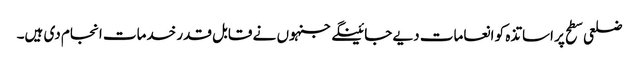
ضلعی سطح پر اساتذہ کو انعامات دیے جائینگے جنہوں نے قابل قدر خدمات انجام دی ہیں۔